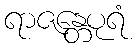
ရာဇန္တေပုရံ